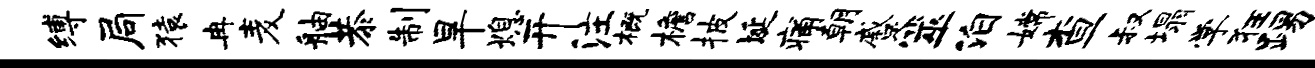
缚局猿冉麦舳恭制旱熄开注概檐披埏痛朝蹙筮泊嫦查叔塌学狂踢